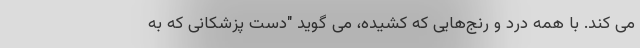
می کند. با همه درد و رنج‌هایی که کشیده، می گوید "دست پزشکانی که به